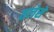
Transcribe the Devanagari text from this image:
तलेसे